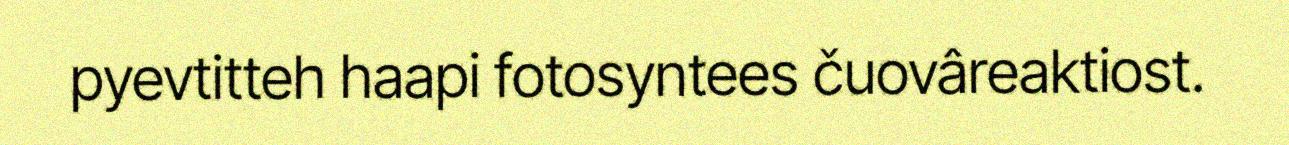
pyevtitteh haapi fotosyntees čuovâreaktiost.